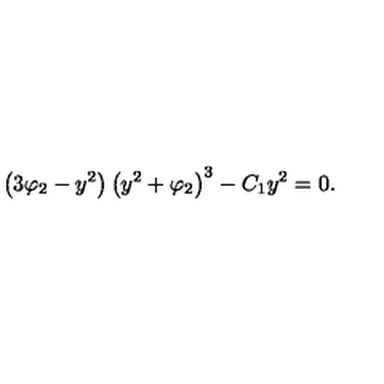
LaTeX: \left( 3 \varphi _ { 2 } - y ^ { 2 } \right) \left( y ^ { 2 } + \varphi _ { 2 } \right) ^ { 3 } - C _ { 1 } y ^ { 2 } = 0 .